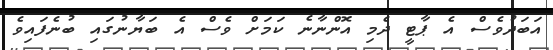
އަބަދުވެސް އެ ޕާޓީ ދެމި އޮންނާނެ ކަމަށް ވެސް އެ ބަޔާނުގައި ބުނެފައިވެ